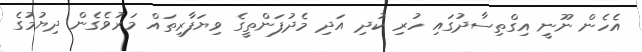
އެހެން ނޫނީ އިގްތިސާދުގައި ހުރި ކުދި އަދި މެދުފަންތީގެ ވިޔަފާރިތައް މަރުވެގެން ދިޔުމުގެ